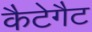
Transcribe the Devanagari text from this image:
कैटेगैट